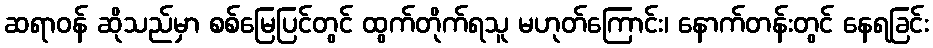
ဆရာဝန် ဆိုသည်မှာ စစ်မြေပြင်တွင် ထွက်တိုက်ရသူ မဟုတ်ကြောင်း၊ နောက်တန်းတွင် နေရခြင်း